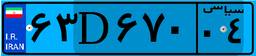
۶۳D۶۷۰۰۴